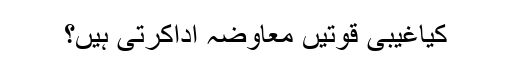
کیاغیبی قوتیں معاوضہ اداکرتی ہیں؟